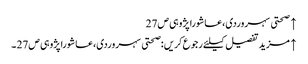
↑ صحتی سہروردی،عاشورا پژوہی ص27
↑ مزید تفصیل کیلئے رجوع کریں :صحتی سہروردی،عاشورا پژوہی ص27 ۔